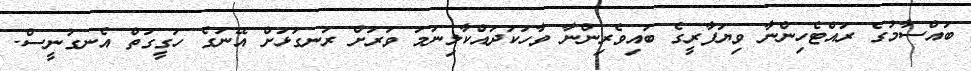
ބައްސާމުގެ ރައްޓެހިންނާ ވިޔަފާރީގެ ބައިވެރިންނާ ވާހަކަދައްކާލިނަމަ ވަރަށް ރަނގަޅަށް އޭނަގެ ހަގީގަތް އެނގުނީސް.